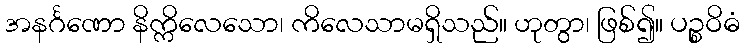
အနင်္ဂဏော နိက္ကိလေသော၊ ကိလေသာမရှိသည်။ ဟုတွာ၊ ဖြစ်၍။ ပဉ္စဝိဓံ